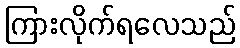
ကြားလိုက်ရလေသည်